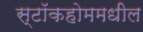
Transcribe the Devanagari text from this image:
स्टॉकहोममधील